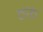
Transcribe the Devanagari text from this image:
ठांठे